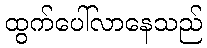
ထွက်ပေါ်လာနေသည်